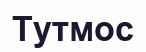
Тутмос